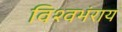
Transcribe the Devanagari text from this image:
विश्वभंराय